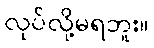
လုပ်လို့မရဘူး။